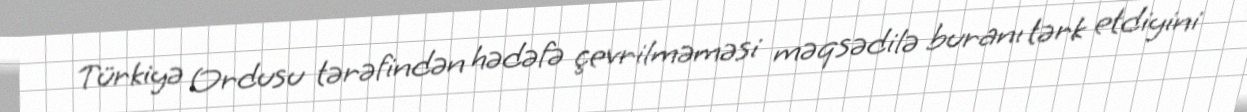
Türkiyə Ordusu tərəfindən hədəfə çevrilməməsi məqsədilə buranı tərk etdiyini